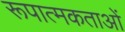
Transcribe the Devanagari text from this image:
रूपात्मकताओं